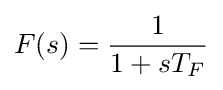
F(s)={\frac {1}{1+sT_{F}}}